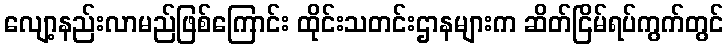
လျော့နည်းလာမည်ဖြစ်ကြောင်း ထိုင်းသတင်းဌာနများက ဆိတ်ငြိမ်ရပ်ကွက်တွင်